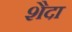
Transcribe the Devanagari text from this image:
शैदा